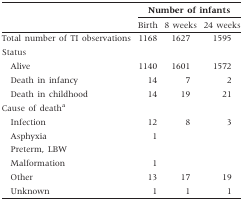
<table><thead><tr><td></td><td colspan="3"><b>Number of infants</b></td></tr><tr><td></td><td><b>Birth</b></td><td><b>8 weeks</b></td><td><b>24 weeks</b></td></tr></thead><tbody><tr><td>Total number of TI observations</td><td>1168</td><td>1627</td><td>1595</td></tr><tr><td colspan="4">Status</td></tr><tr><td>Alive</td><td>1140</td><td>1601</td><td>1572</td></tr><tr><td>Death in infancy</td><td>14</td><td>7</td><td>2</td></tr><tr><td>Death in childhood</td><td>14</td><td>19</td><td>21</td></tr><tr><td colspan="4">Cause of death<sup>a</sup></td></tr><tr><td>Infection</td><td>12</td><td>8</td><td>3</td></tr><tr><td>Asphyxia</td><td>1</td><td></td><td></td></tr><tr><td>Preterm, LBW</td><td></td><td></td><td></td></tr><tr><td>Malformation</td><td>1</td><td></td><td></td></tr><tr><td>Other</td><td>13</td><td>17</td><td>19</td></tr><tr><td>Unknown</td><td>1</td><td>1</td><td>1</td></tr></tbody></table>